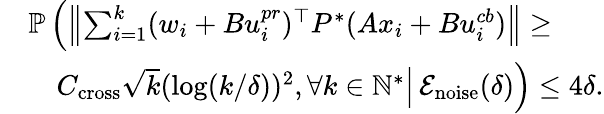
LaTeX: \begin{array}{rl}&{\mathbb{P}\left(\left\| \sum_{i=1}^{k}(w_{i}+Bu_{i}^{pr})^{\top}P^{*}(Ax_{i}+Bu_{i}^{cb})\right\| \geq\right.}\\ &{\quad\left.\vphantom{\sum_{i}^{i}}C_{\mathrm{cross}}\sqrt{k}(\log(k/\delta))^{2},\forall k\in\mathbb{N}^{*}\right|\left.\mathcal{E}_{\mathrm{noise}}(\delta)\vphantom{\sum_{i}^{i}}\right)\leq 4\delta.}\end{array}